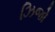
ઝિજો